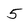
Character: 5